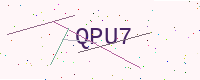
Text: QPU7